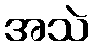
အသဲ